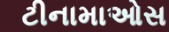
ટીનામાઓસ